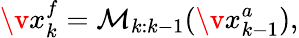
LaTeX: \v x_{k}^{f}=\mathcal{M}_{k:k-1}(\v x_{k-1}^{a}),